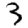
Digit: 3